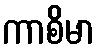
ကာစိမာ